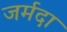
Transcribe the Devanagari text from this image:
जर्मदा